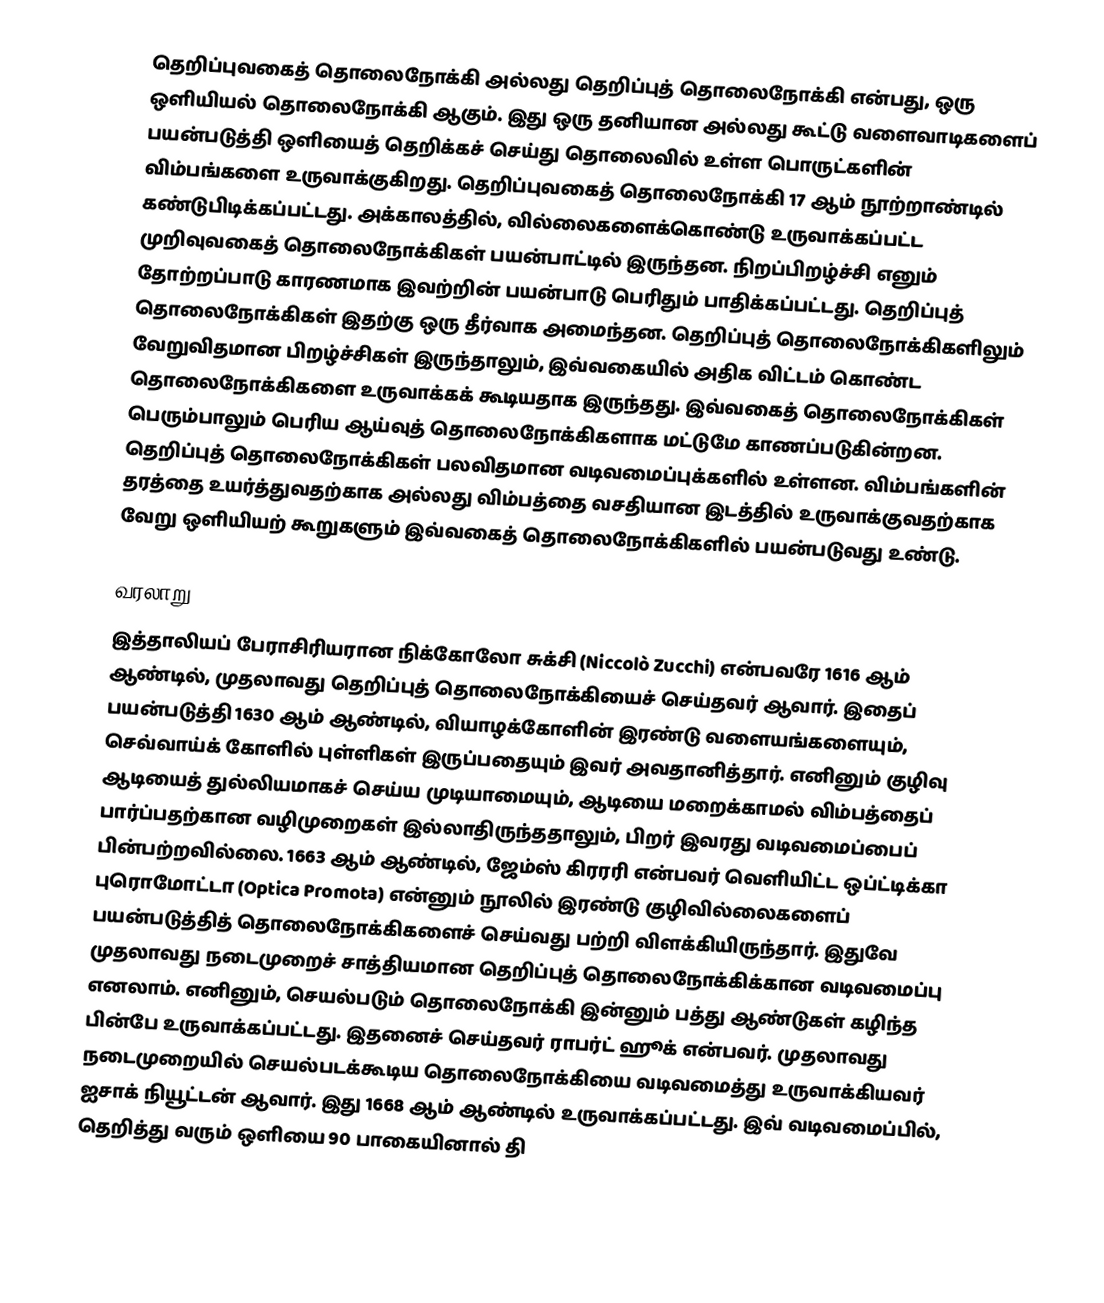
தெறிப்புவகைத் தொலைநோக்கி அல்லது தெறிப்புத் தொலைநோக்கி என்பது, ஒரு ஒளியியல் தொலைநோக்கி ஆகும். இது ஒரு தனியான அல்லது கூட்டு வளைவாடிகளைப் பயன்படுத்தி ஒளியைத் தெறிக்கச் செய்து தொலைவில் உள்ள பொருட்களின் விம்பங்களை உருவாக்குகிறது. தெறிப்புவகைத் தொலைநோக்கி 17 ஆம் நூற்றாண்டில் கண்டுபிடிக்கப்பட்டது. அக்காலத்தில், வில்லைகளைக்கொண்டு உருவாக்கப்பட்ட முறிவுவகைத் தொலைநோக்கிகள் பயன்பாட்டில் இருந்தன. நிறப்பிறழ்ச்சி எனும் தோற்றப்பாடு காரணமாக இவற்றின் பயன்பாடு பெரிதும் பாதிக்கப்பட்டது. தெறிப்புத் தொலைநோக்கிகள் இதற்கு ஒரு தீர்வாக அமைந்தன. தெறிப்புத் தொலைநோக்கிகளிலும் வேறுவிதமான பிறழ்ச்சிகள் இருந்தாலும், இவ்வகையில் அதிக விட்டம் கொண்ட தொலைநோக்கிகளை உருவாக்கக் கூடியதாக இருந்தது. இவ்வகைத் தொலைநோக்கிகள் பெரும்பாலும் பெரிய ஆய்வுத் தொலைநோக்கிகளாக மட்டுமே காணப்படுகின்றன. தெறிப்புத் தொலைநோக்கிகள் பலவிதமான வடிவமைப்புக்களில் உள்ளன. விம்பங்களின் தரத்தை உயர்த்துவதற்காக அல்லது விம்பத்தை வசதியான இடத்தில் உருவாக்குவதற்காக வேறு ஒளியியற் கூறுகளும் இவ்வகைத் தொலைநோக்கிகளில் பயன்படுவது உண்டு.

வரலாறு
இத்தாலியப் பேராசிரியரான நிக்கோலோ சுக்சி (Niccolò Zucchi) என்பவரே 1616 ஆம் ஆண்டில், முதலாவது தெறிப்புத் தொலைநோக்கியைச் செய்தவர் ஆவார். இதைப் பயன்படுத்தி 1630 ஆம் ஆண்டில், வியாழக்கோளின் இரண்டு வளையங்களையும், செவ்வாய்க் கோளில் புள்ளிகள் இருப்பதையும் இவர் அவதானித்தார். எனினும் குழிவு ஆடியைத் துல்லியமாகச் செய்ய முடியாமையும், ஆடியை மறைக்காமல் விம்பத்தைப் பார்ப்பதற்கான வழிமுறைகள் இல்லாதிருந்ததாலும், பிறர் இவரது வடிவமைப்பைப் பின்பற்றவில்லை. 1663 ஆம் ஆண்டில், ஜேம்ஸ் கிரரரி என்பவர் வெளியிட்ட ஒப்ட்டிக்கா புரொமோட்டா (Optica Promota) என்னும் நூலில் இரண்டு குழிவில்லைகளைப் பயன்படுத்தித் தொலைநோக்கிகளைச் செய்வது பற்றி விளக்கியிருந்தார். இதுவே முதலாவது நடைமுறைச் சாத்தியமான தெறிப்புத் தொலைநோக்கிக்கான வடிவமைப்பு எனலாம். எனினும், செயல்படும் தொலைநோக்கி இன்னும் பத்து ஆண்டுகள் கழிந்த பின்பே உருவாக்கப்பட்டது. இதனைச் செய்தவர் ராபர்ட் ஹூக் என்பவர். முதலாவது நடைமுறையில் செயல்படக்கூடிய தொலைநோக்கியை வடிவமைத்து உருவாக்கியவர் ஐசாக் நியூட்டன் ஆவார். இது 1668 ஆம் ஆண்டில் உருவாக்கப்பட்டது. இவ் வடிவமைப்பில், தெறித்து வரும் ஒளியை 90 பாகையினால் தி